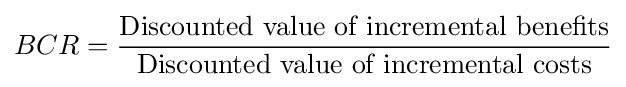
BCR={\frac {\text{Discounted value of incremental benefits}}{\text{Discounted value of incremental costs}}}